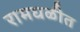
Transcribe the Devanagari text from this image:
रामघळीत